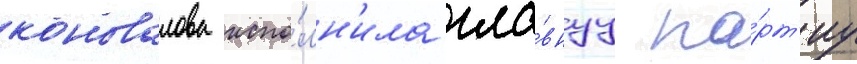
коновалова испо́лн'ила гла́внуу па́рт'иу